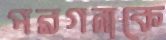
পরগনাকে